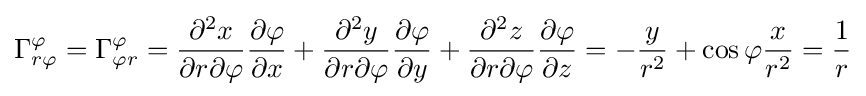
\Gamma _{r\varphi }^{\varphi }=\Gamma _{\varphi r}^{\varphi }={\frac {\partial ^{2}x}{\partial r\partial \varphi }}{\frac {\partial \varphi }{\partial x}}+{\frac {\partial ^{2}y}{\partial r\partial \varphi }}{\frac {\partial \varphi }{\partial y}}+{\frac {\partial ^{2}z}{\partial r\partial \varphi }}{\frac {\partial \varphi }{\partial z}}=-{\frac {y}{r^{2}}}+\cos \varphi {\frac {x}{r^{2}}}={\frac {1}{r}}